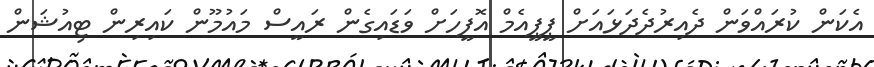
އެކަން ކުރައްވަން ދެއިރުދެދަޅައަށް ޕީޕީއެމް އޮފީހަށް ވަޑައިގެން ރައީސް މައުމޫން ކައިރިން ޓިއުޝަން